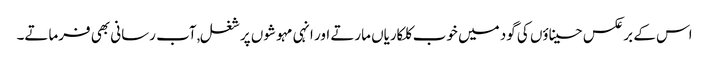
اس کے برعکس حسیناؤں کی گود میں خوب کلکاریاں مارتے اور انہی مہوشوں پر شغل,آب رسانی بھی فرماتے۔